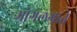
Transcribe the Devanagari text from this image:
भोगलगाते